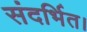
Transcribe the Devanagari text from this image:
संदर्भित।